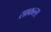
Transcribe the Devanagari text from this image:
साकल्स